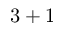
3 + 1